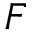
F